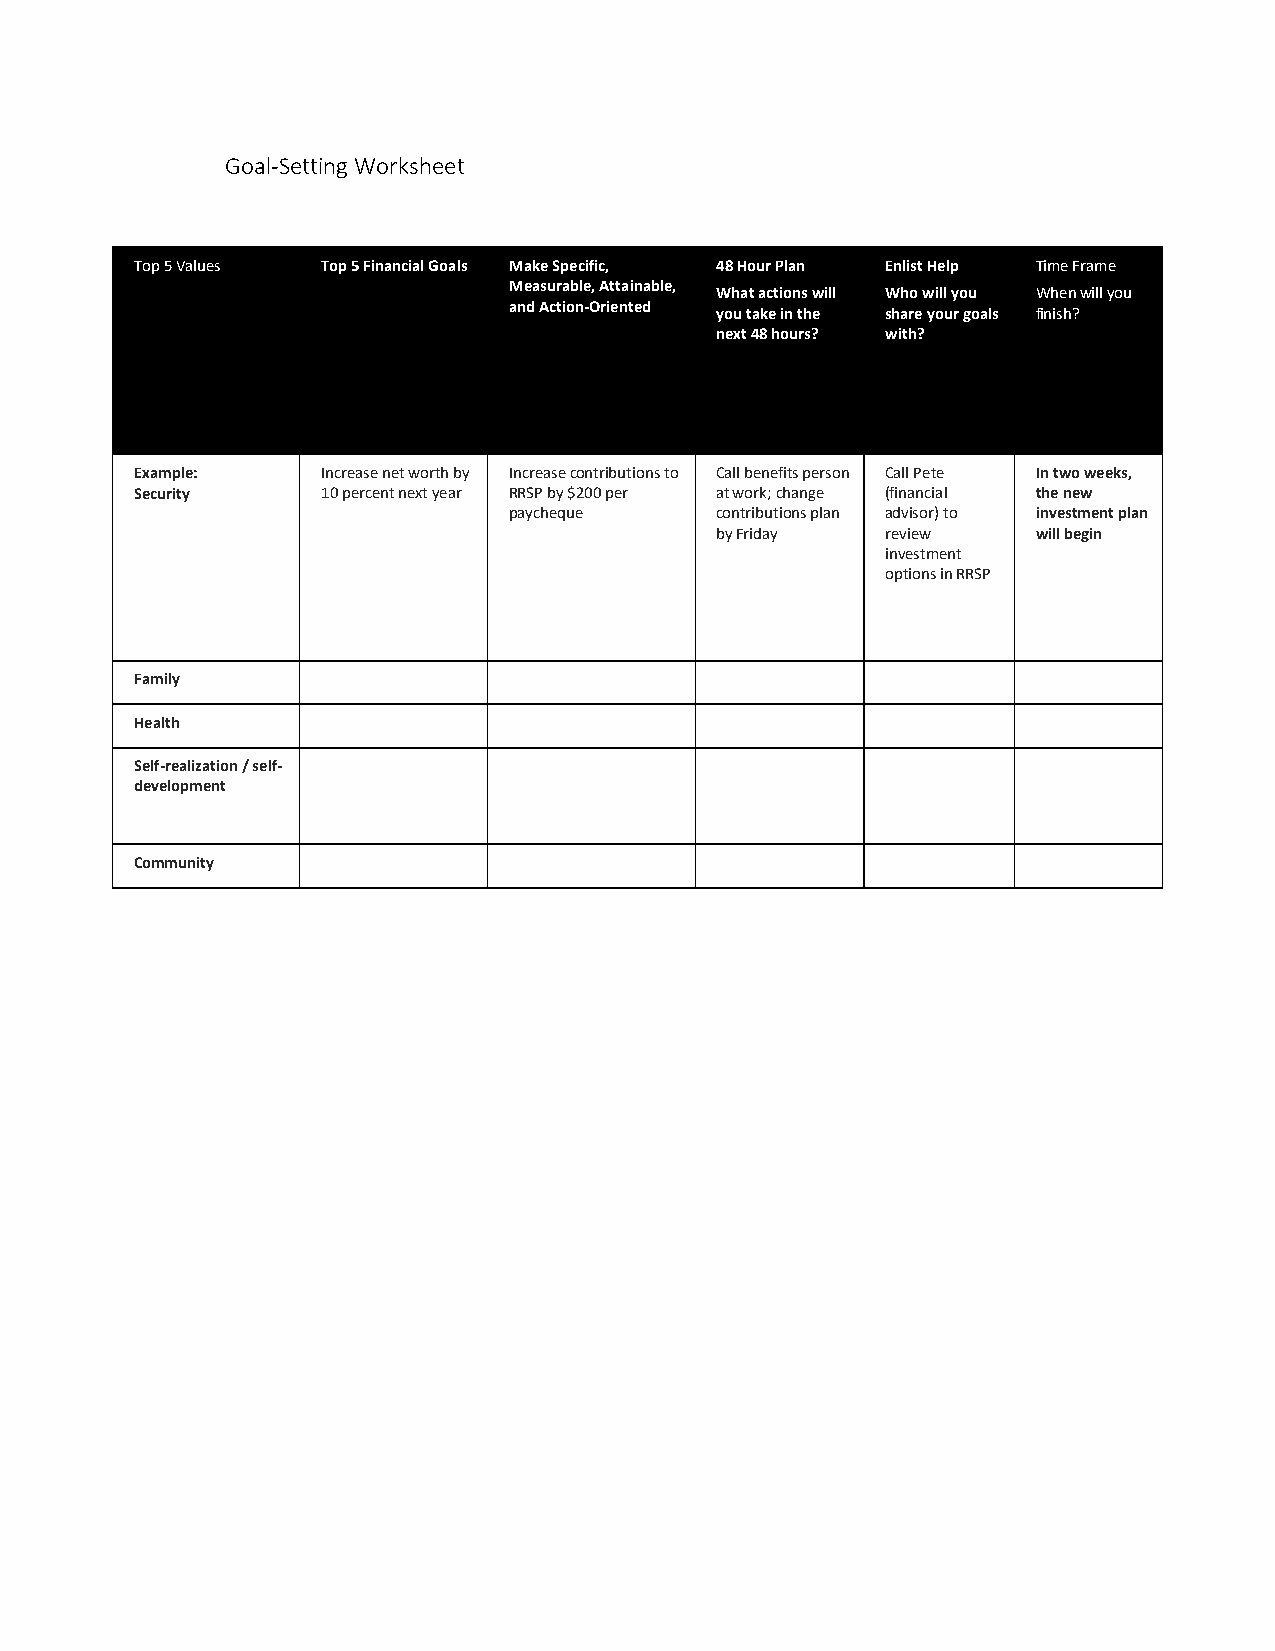
Goal-Setting Worksheet
 Top 5 Values Top 5 Financial Goals Make Specific, 48 Hour Plan Enlist Help Time Frame
 Measurable, Attainable,
 What actions will Who will you When will you
 and Action-Oriented
 you take in the share your goals finish?
 next 48 hours? with?
 Example:    Increase net worth by Increase contributions to Call benefits person Call Pete In two weeks,
 Security    10 percent next year RRSP by $200 per at work; change (financial the new
 paycheque    contributions plan advisor) to investment plan
 by Friday   review    will begin
 investment
 options in RRSP
 Family
 Health
 Self-realization / self-
 development
 Community